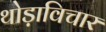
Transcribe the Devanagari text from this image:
थोड़ाविचार